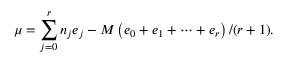
\mu = \sum _ { j = 0 } ^ { r } n _ { j } e _ { j } - M \left( e _ { 0 } + e _ { 1 } + \cdots + e _ { r } \right) / ( r + 1 ) .